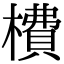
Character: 𣙿